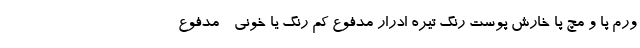
ورم پا و مچ پا خارش پوست رنگ تیره ادرار مدفوع کم رنگ یا خونی - مدفوع